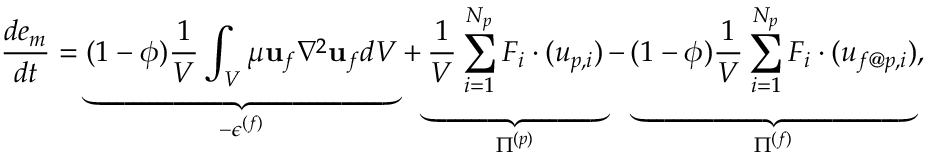
\frac { d e _ { m } } { d t } = \underbrace { ( 1 - \phi ) \frac { 1 } { V } \int _ { V } \mu { \mathbf u } _ { f } \nabla ^ { 2 } { \mathbf u } _ { f } d V } _ { - \epsilon ^ { ( f ) } } + \underbrace { \frac { 1 } { V } \sum _ { i = 1 } ^ { N _ { p } } F _ { i } \cdot ( u _ { p , i } ) } _ { \Pi ^ { ( p ) } } - \underbrace { ( 1 - \phi ) \frac { 1 } { V } \sum _ { i = 1 } ^ { N _ { p } } F _ { i } \cdot ( u _ { f @ p , i } ) } _ { \Pi ^ { ( f ) } } ,